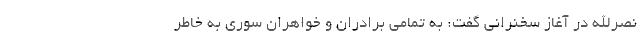
نصرالله در آغاز سخنرانی گفت: به تمامی برادران و خواهران سوری به خاطر